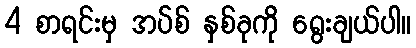
4 စာရင်းမှ အပ်စ် နှစ်ခုကို ရွေးချယ်ပါ။